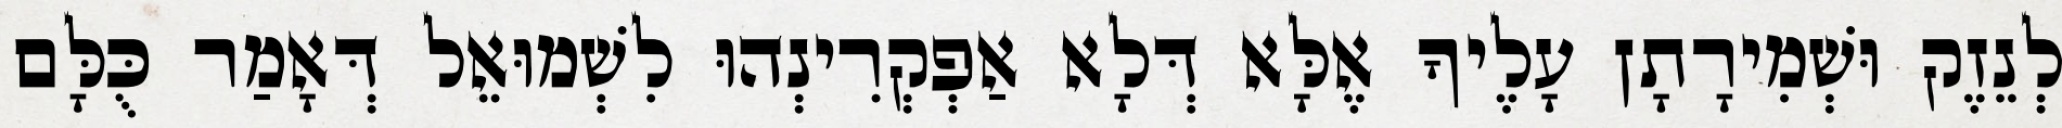
לְנֵזֶק וּשְׁמִירָתָן עָלֶיךָ אֶלָּא דְּלָא אַפְקְרִינְהוּ לִשְׁמוּאֵל דְּאָמַר כֻּלָּם